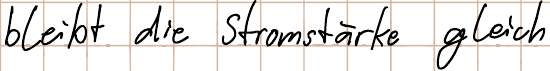
bleibt die Stromstärke gleich